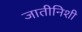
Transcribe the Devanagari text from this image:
जातीनिशी